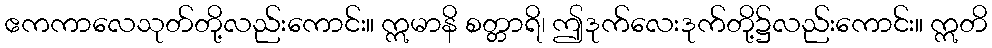
ဧကကာလေသုတ်တို့လည်းကောင်း။ ဣမာနိ စတ္တာရိ၊ ဤဒုက်လေးဒုက်တို့၌လည်းကောင်း။ ဣတိ